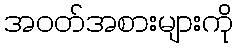
အဝတ်အစားများကို